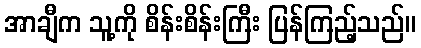
အာချီက သူ့ကို စိန်းစိန်းကြီး ပြန်ကြည့်သည်။